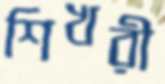
শিখরী